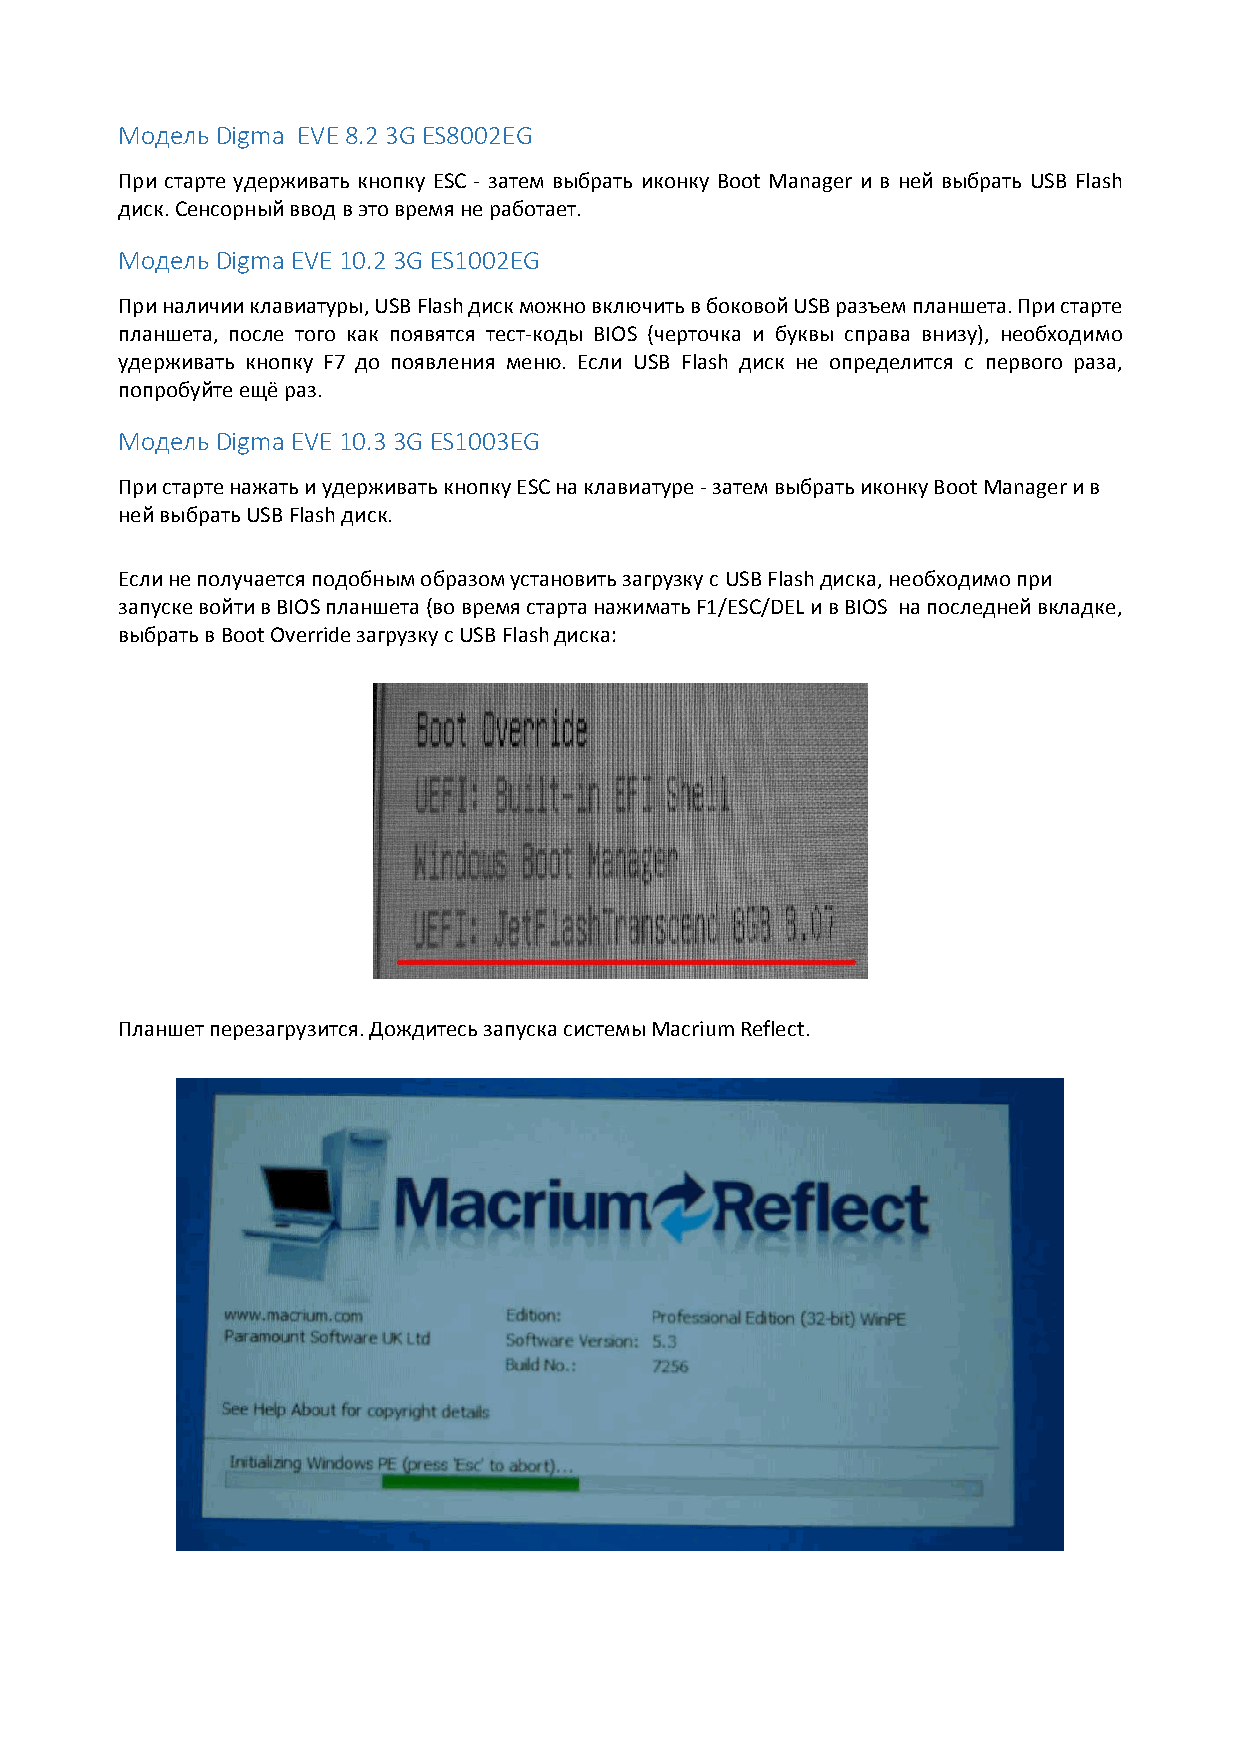
Модель Digma EVE 8.2 3G ES8002EG
 При старте удерживать кнопку ESC ‐ затем выбрать иконку Boot Manager и в ней выбрать USB Flash
 диск. Сенсорный ввод в это время не работает.
 Модель Digma EVE 10.2 3G ES1002EG
 При наличии клавиатуры, USB Flash диск можно включить в боковой USB разъем планшета. При старте
 планшета, после того как появятся тест‐коды BIOS (черточка и буквы справа внизу), необходимо
 удерживать кнопку F7 до появления меню. Если USB Flash диск не определится с первого раза,
 попробуйте ещё раз.
 Модель Digma EVE 10.3 3G ES1003EG
 При старте нажать и удерживать кнопку ESC на клавиатуре ‐ затем выбрать иконку Boot Manager и в
 ней выбрать USB Flash диск.
 Если не получается подобным образом установить загрузку с USB Flash диска, необходимо при
 запуске войти в BIOS планшета (во время старта нажимать F1/ESC/DEL и в BIOS на последней вкладке,
 выбрать в Boot Override загрузку с USB Flash диска:
 Планшет перезагрузится. Дождитесь запуска системы Macrium Reflect.